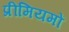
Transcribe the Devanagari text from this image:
प्रीमियमों